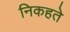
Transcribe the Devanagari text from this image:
निकहते